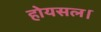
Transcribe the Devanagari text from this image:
होयसल।